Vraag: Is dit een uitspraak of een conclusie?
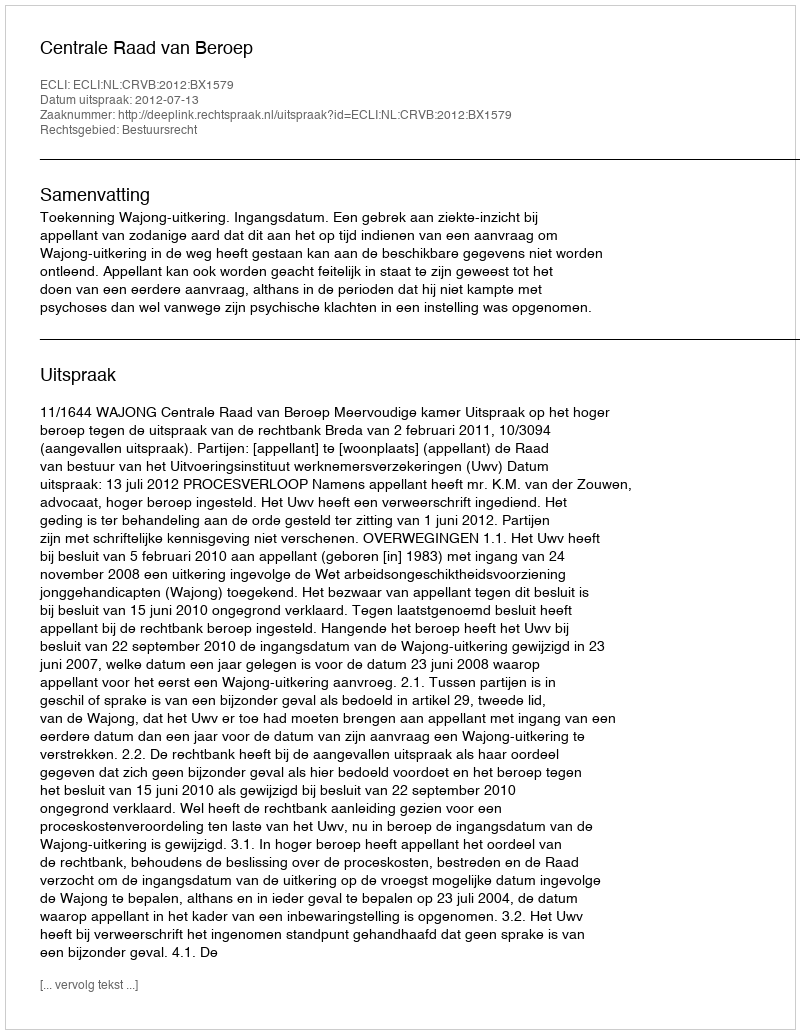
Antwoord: Uitspraak